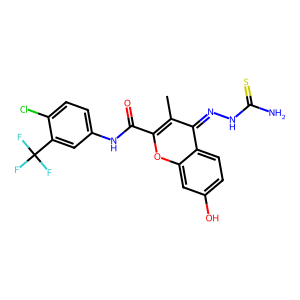
SMILES: Cc1c(C(=O)Nc2ccc(Cl)c(C(F)(F)F)c2)oc2cc(O)ccc2c1=NNC(N)=S
Inhibits HIV replication: No